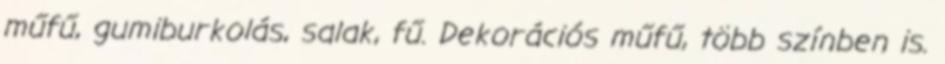
műfű, gumiburkolás, salak, fű. Dekorációs műfű, több színben is.